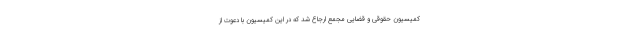
کمیسیون حقوقی و قضایی مجمع ارجاع شد که در این کمیسیون با دعوت از